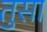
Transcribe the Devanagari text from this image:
तुसा